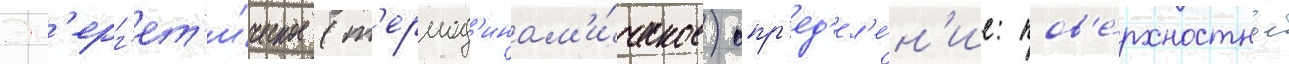
Эн'ерг'ет'и́ческое (т'ермод'инам'и́ческое) опр'ед'ел'е́н'ие: пов'е́рхностное